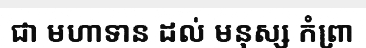
ជា មហាទាន ដល់ មនុស្ស កំព្រា